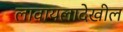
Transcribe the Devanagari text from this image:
लावायलादेखील